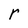
Character: r